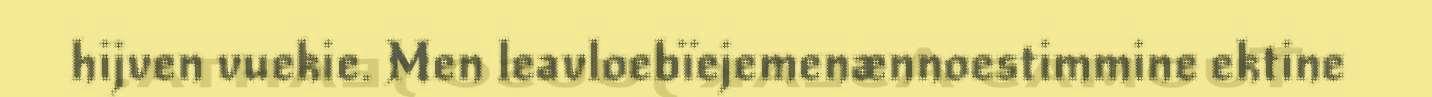
hijven vuekie. Men leavloebïejemenænnoestimmine ektine